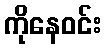
ကိုနေဝင်း